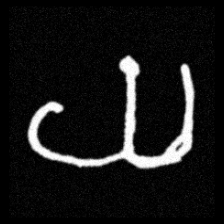
Pyu character \u2014 Myanmar letter: ယ (romanized: ya)